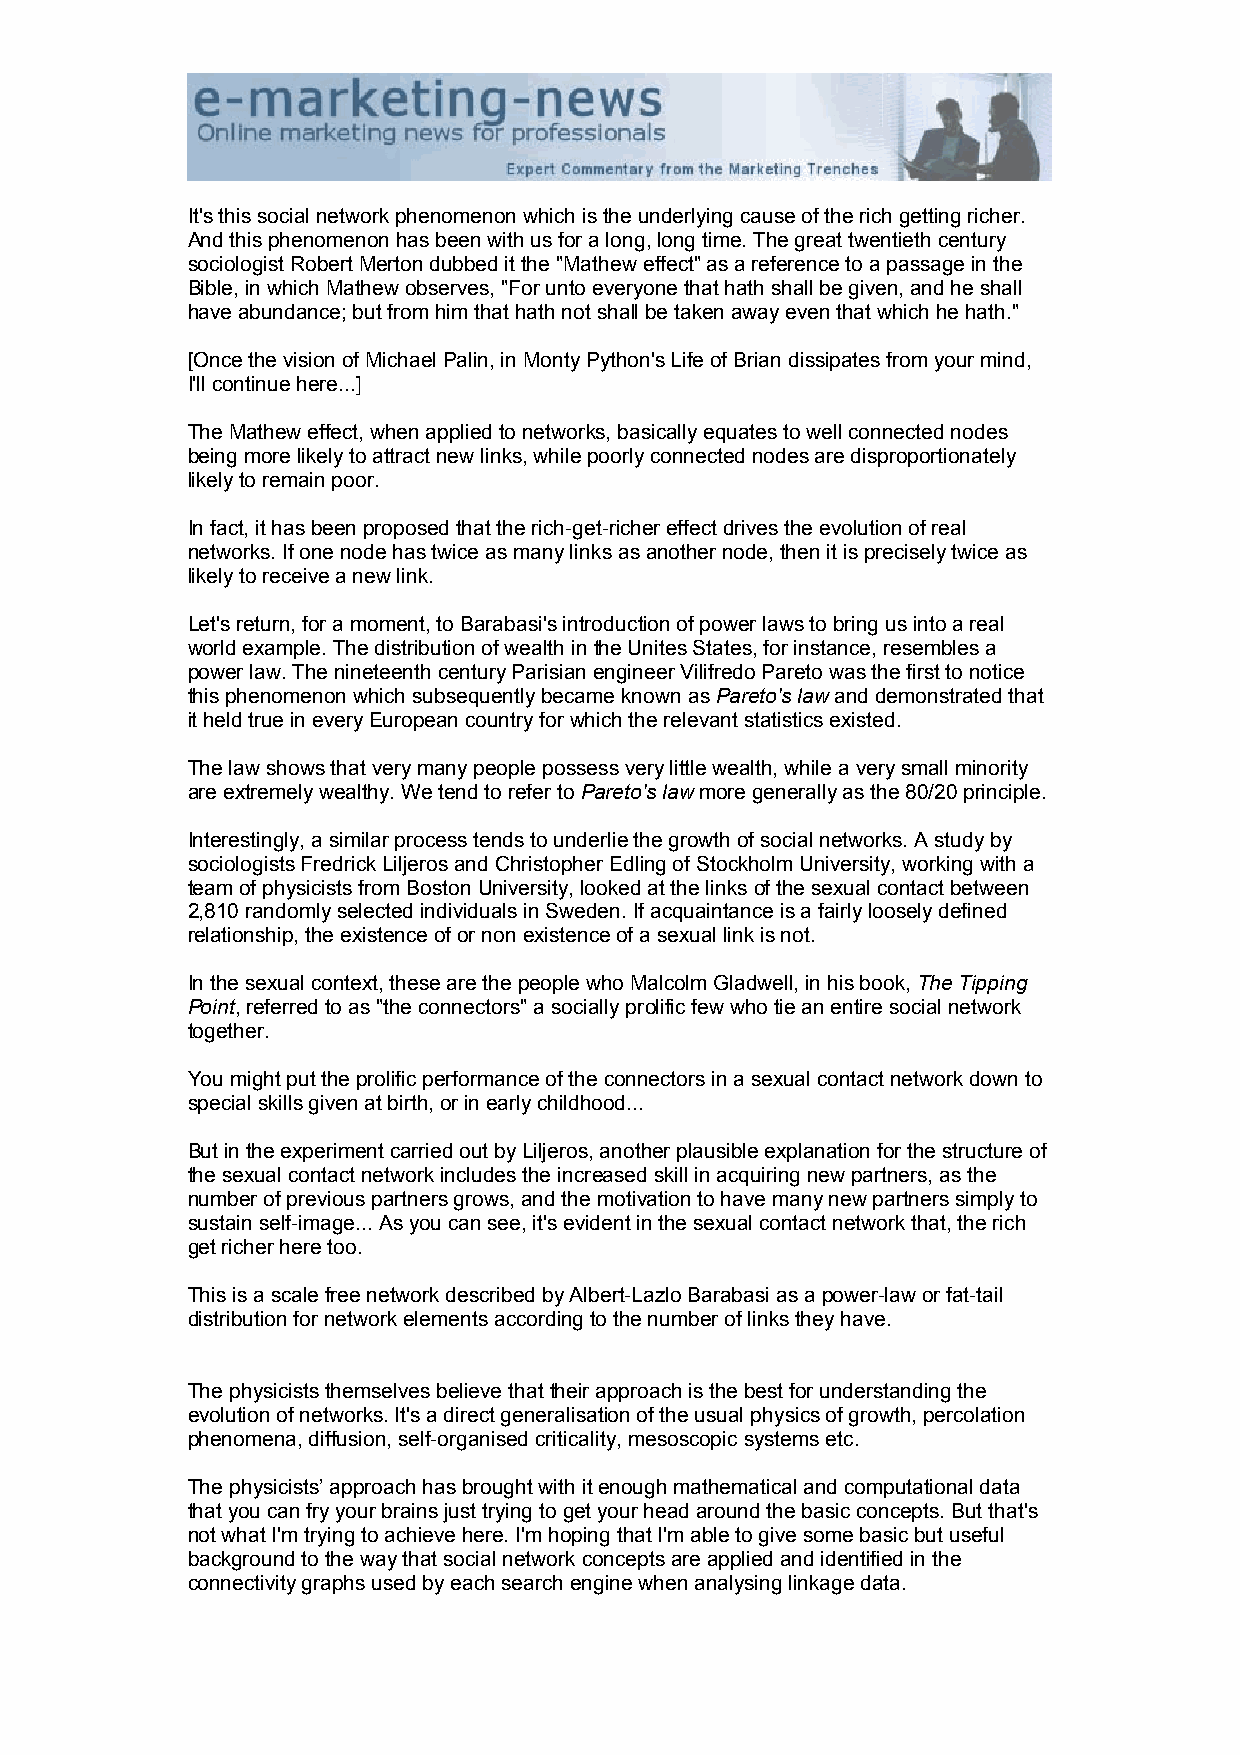
It's this social network phenomenon which is the underlying cause of the rich getting richer.
 And this phenomenon has been with us for a long, long time. The great twentieth century
 sociologist Robert Merton dubbed it the "Mathew effect" as a reference to a passage in the
 Bible, in which Mathew observes, "For unto everyone that hath shall be given, and he shall
 have abundance; but from him that hath not shall be taken away even that which he hath."
 [Once the vision of Michael Palin, in Monty Python's Life of Brian dissipates from your mind,
 I'll continue here...]
 The Mathew effect, when applied to networks, basically equates to well connected nodes
 being more likely to attract new links, while poorly connected nodes are disproportionately
 likely to remain poor.
 In fact, it has been proposed that the rich-get-richer effect drives the evolution of real
 networks. If one node has twice as many links as another node, then it is precisely twice as
 likely to receive a new link.
 Let's return, for a moment, to Barabasi's introduction of power laws to bring us into a real
 world example. The distribution of wealth in the Unites States, for instance, resembles a
 power law. The nineteenth century Parisian engineer Vilifredo Pareto was the first to notice
 this phenomenon which subsequently became known as Pareto's law and demonstrated that
 it held true in every European country for which the relevant statistics existed.
 The law shows that very many people possess very little wealth, while a very small minority
 are extremely wealthy. We tend to refer to Pareto's law more generally as the 80/20 principle.
 Interestingly, a similar process tends to underlie the growth of social networks. A study by
 sociologists Fredrick Liljeros and Christopher Edling of Stockholm University, working with a
 team of physicists from Boston University, looked at the links of the sexual contact between
 2,810 randomly selected individuals in Sweden. If acquaintance is a fairly loosely defined
 relationship, the existence of or non existence of a sexual link is not.
 In the sexual context, these are the people who Malcolm Gladwell, in his book, The Tipping
 Point, referred to as "the connectors" a socially prolific few who tie an entire social network
 together.
 You might put the prolific performance of the connectors in a sexual contact network down to
 special skills given at birth, or in early childhood...
 But in the experiment carried out by Liljeros, another plausible explanation for the structure of
 the sexual contact network includes the increased skill in acquiring new partners, as the
 number of previous partners grows, and the motivation to have many new partners simply to
 sustain self-image... As you can see, it's evident in the sexual contact network that, the rich
 get richer here too.
 This is a scale free network described by Albert-Lazlo Barabasi as a power-law or fat-tail
 distribution for network elements according to the number of links they have.
 The physicists themselves believe that their approach is the best for understanding the
 evolution of networks. It's a direct generalisation of the usual physics of growth, percolation
 phenomena, diffusion, self-organised criticality, mesoscopic systems etc.
 The physicists’ approach has brought with it enough mathematical and computational data
 that you can fry your brains just trying to get your head around the basic concepts. But that's
 not what I'm trying to achieve here. I'm hoping that I'm able to give some basic but useful
 background to the way that social network concepts are applied and identified in the
 connectivity graphs used by each search engine when analysing linkage data.